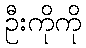
ဦးကိုကို